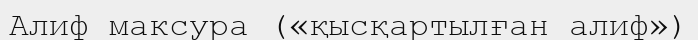
Алиф максура («қысқартылған алиф»)